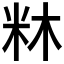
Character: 𭩼